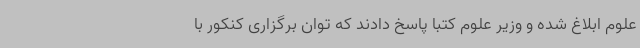
علوم ابلاغ شده و وزیر علوم کتبا پاسخ دادند که توان برگزاری کنکور با